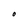
Character: O